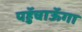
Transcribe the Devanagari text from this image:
पहुॅचाऊॅगा